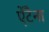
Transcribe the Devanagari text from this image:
ऐंटैना